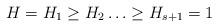
LaTeX: \begin{align*}H=H_{1} \geq H_{2} \ldots \geq H_{s+1}=1\end{align*}